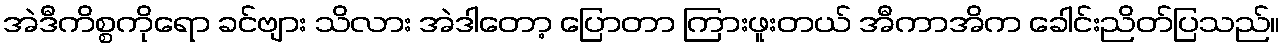
အဲဒီကိစ္စကိုရော ခင်ဗျား သိလား အဲဒါတော့ ပြောတာ ကြားဖူးတယ် အီကာအိက ခေါင်းညိတ်ပြသည်။